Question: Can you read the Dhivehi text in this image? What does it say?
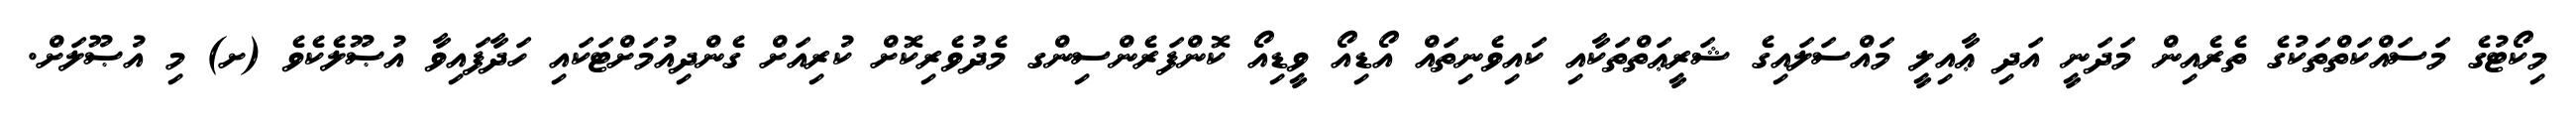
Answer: މިކޯޓުގެ މަސައްކަތްތަކުގެ ތެރެއިން މަދަނީ އަދި ޢާއިލީ މައްސަލައިގެ ޝަރީޢަތްތަކާއި ކައިވެނިތައް އޯޑިއޯ ވީޑިއޯ ކޮންފަރެންސިންގ މެދުވެރިކޮށް ކުރިއަށް ގެންދިއުމަށްޓަކައި ހަދާފައިވާ އުޞޫލެކެވެ (ށ) މި އުޞޫލަށް.